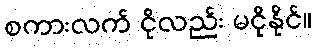
စကားလက် ငိုလည်း မငိုနိုင်။